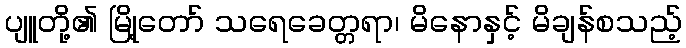
ပျူတို့၏ မြို့တော် သရေခေတ္တရာ၊ မိနောနှင့် မိချန်စသည့်